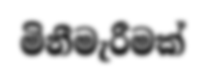
මිනීමැරීමක්